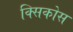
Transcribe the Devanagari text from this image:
क्सिकोस